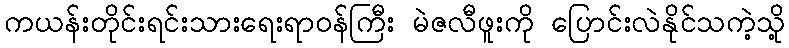
ကယန်းတိုင်းရင်းသားရေးရာဝန်ကြီး မဲဇလီဖူးကို ပြောင်းလဲနိုင်သကဲ့သို့